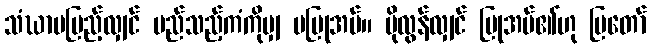
သံဃာမပြည့်လျှင် မည်သည့်ကံကိုမျှ မပြုအပ်။ ပိုလွန်လျှင် ပြုအပ်၏ဟု ပြတော်